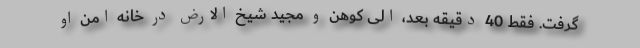
گرفت. فقط 40 دقیقه بعد، الی کوهن و مجید شیخ الارض در خانه امن او